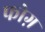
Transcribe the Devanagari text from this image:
फोग़